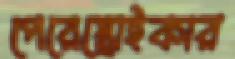
পেরেস্ত্রোইকার